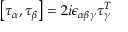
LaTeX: \bigl [ \tau _ { \alpha } , \tau _ { \beta } \bigr ] = 2 i \epsilon _ { \alpha \beta \gamma } \tau _ { \gamma } ^ { T }